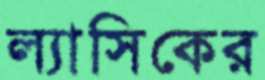
ল্যাসিকের